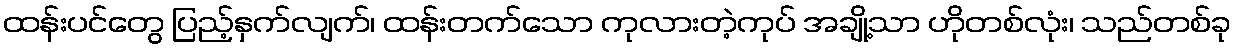
ထန်းပင်တွေ ပြည့်နှက်လျက်၊ ထန်းတက်သော ကုလားတဲ့ကုပ် အချို့သာ ဟိုတစ်လုံး၊ သည်တစ်ခု